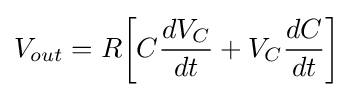
V_{out}=R{\bigg [}C{\frac {dV_{C}}{dt}}+V_{C}{\frac {dC}{dt}}{\bigg ]}